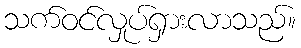
သက်ဝင်လှုပ်ရှားလာသည်။